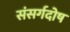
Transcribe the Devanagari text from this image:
संसर्गदोष